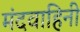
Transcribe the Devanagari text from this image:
मंदवाहिनी